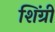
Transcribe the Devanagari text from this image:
शिंग्री